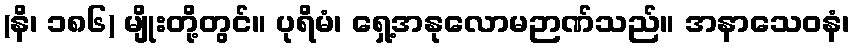
(နိ၊ ၁၈၆) မျိုးတို့တွင်။ ပုရိမံ၊ ရှေ့အနုလောမဉာဏ်သည်။ အနာသေဝနံ၊